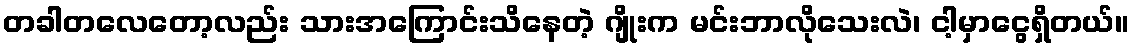
တခါတလေတော့လည်း သားအကြောင်းသိနေတဲ့ ဂျိုးက မင်းဘာလိုသေးလဲ၊ ငါ့မှာငွေရှိတယ်။